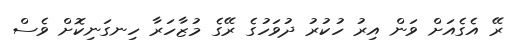
ރޭ އެގެއަށް ވަން އިރު ހުކުރު ދުވަހުގެ ރޭގެ މުޒާހަރާ ހިނގަނިކޮށް ވެސް